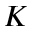
K